65_HS1-834228961_62-HQ-83894_Serial_130
Agency: FBI
Page 117
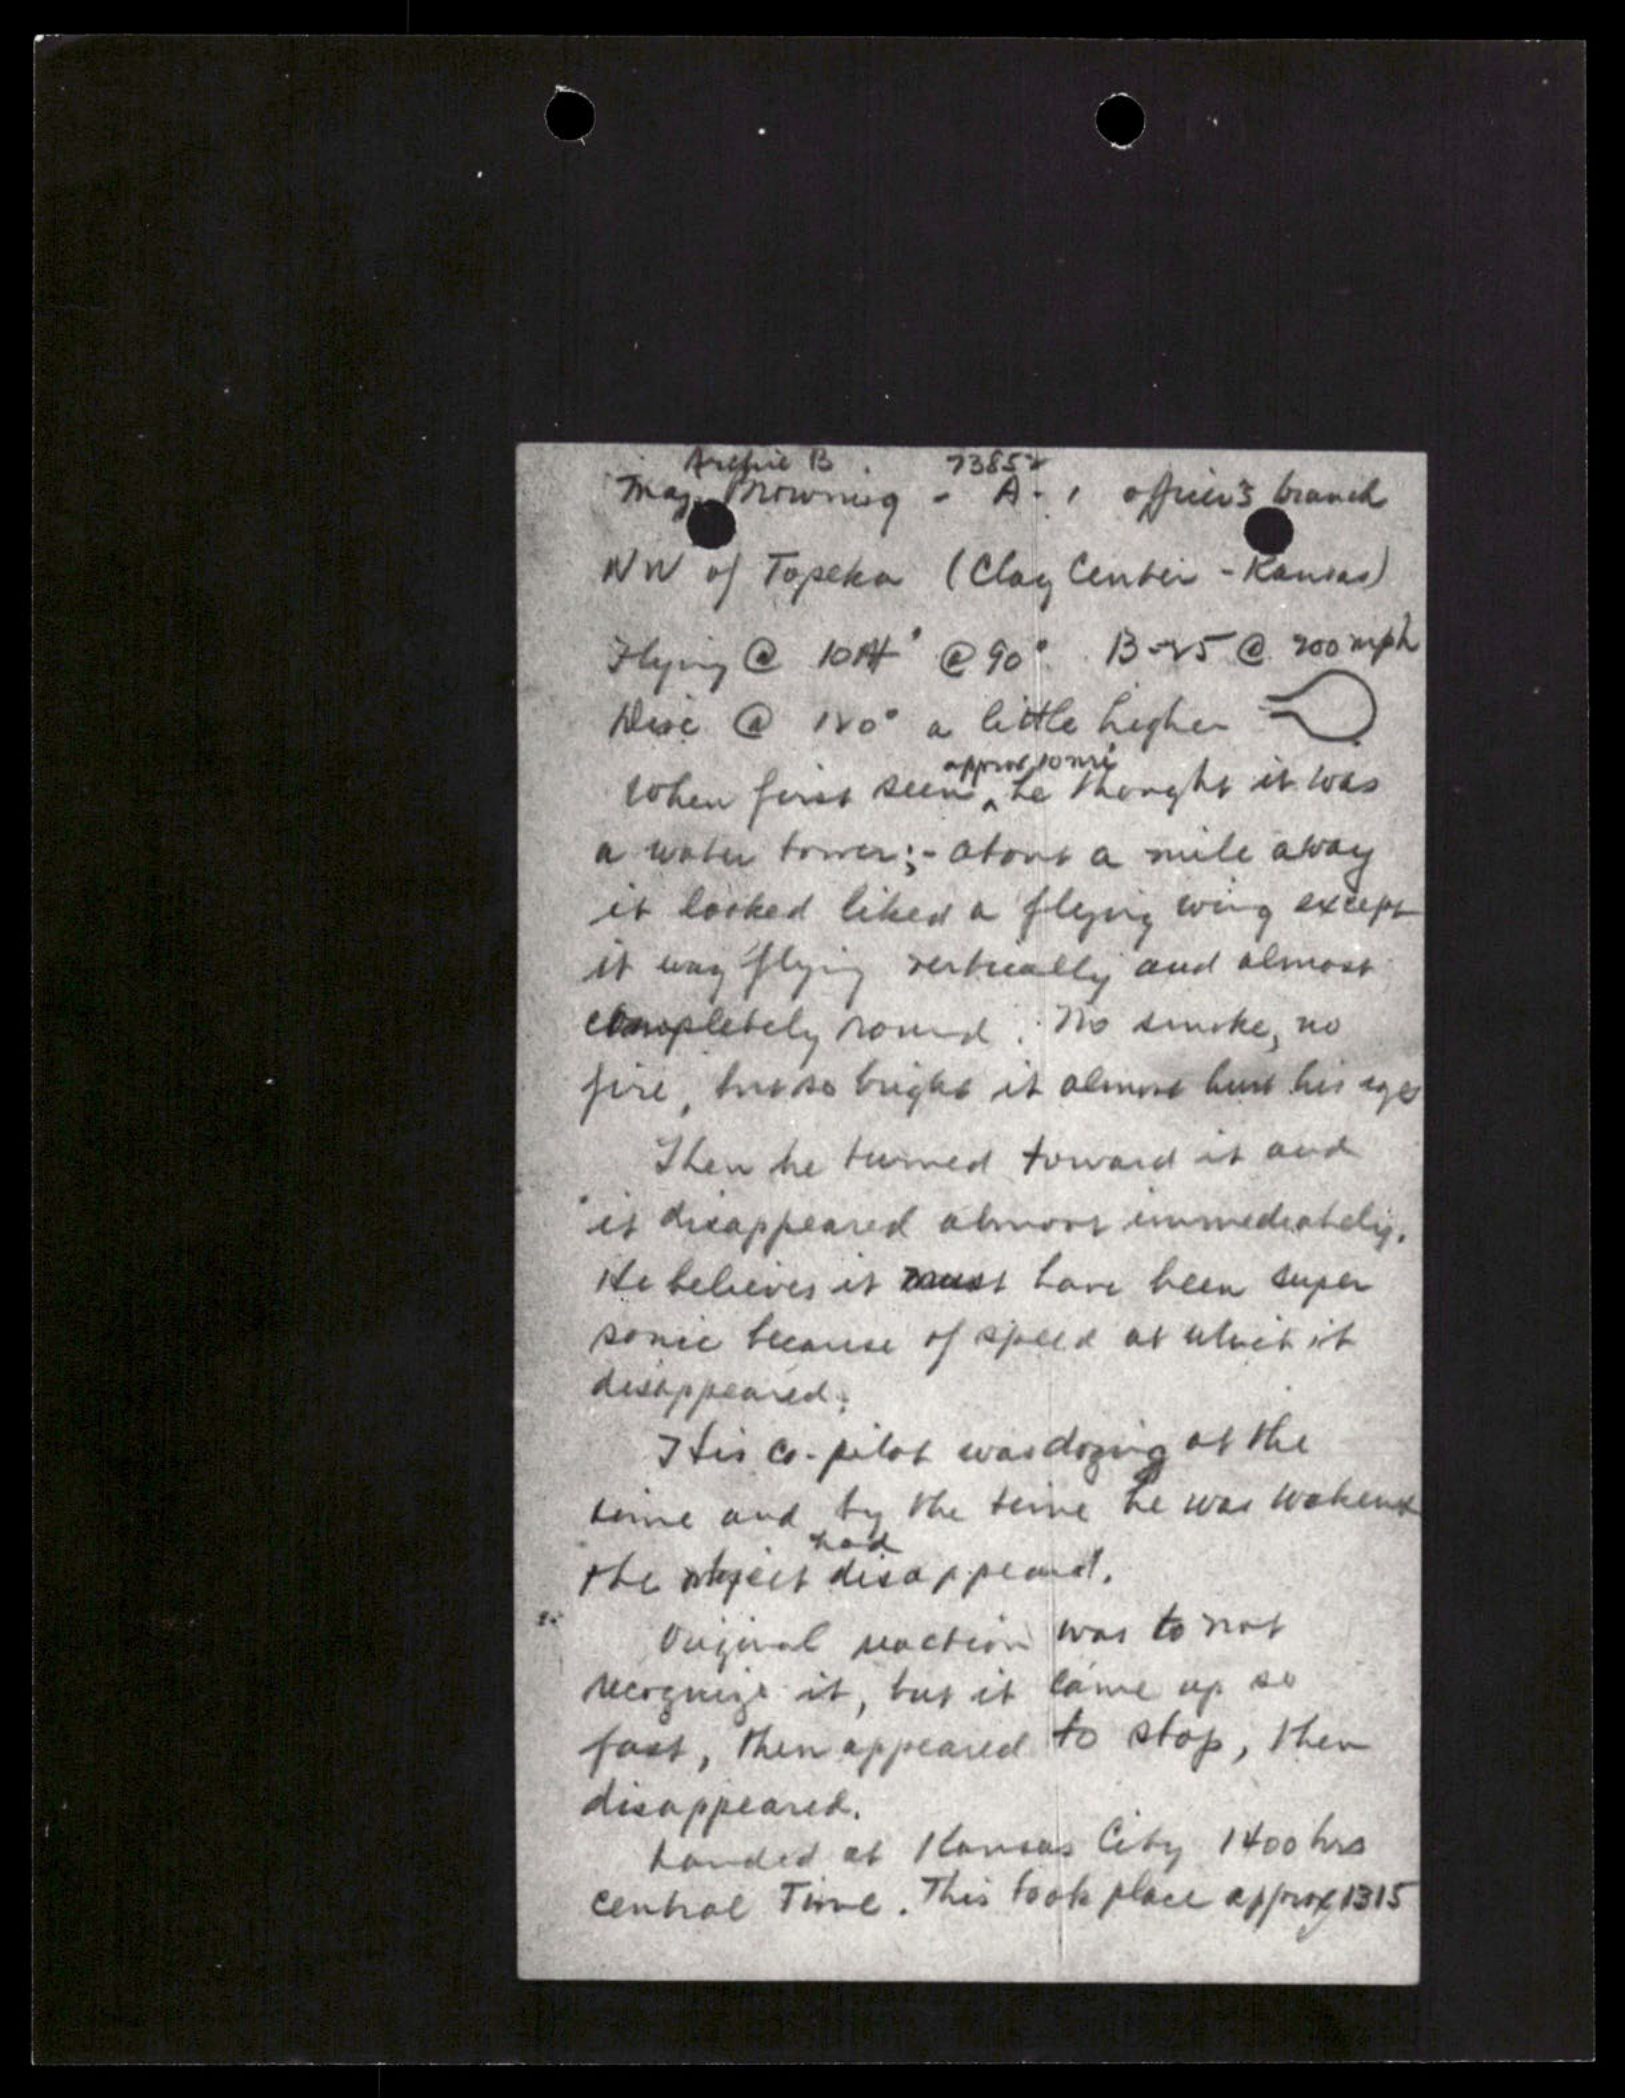